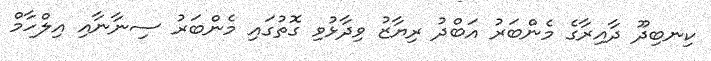
ކިނބިދޫ ދާއިރާގެ މެންބަރު އަބްދު ރިޔާޒު ވިދާޅުވި ގޮތުގައި މެންބަރު ސިނާނާއި އިލްހާމް